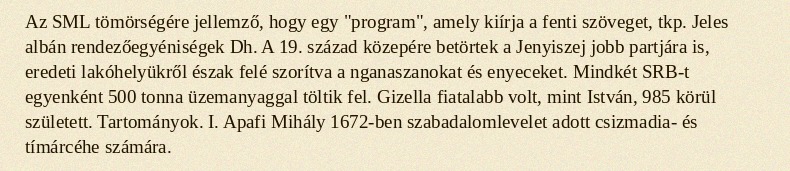
Az SML tömörségére jellemző, hogy egy "program", amely kiírja a fenti szöveget, tkp. Jeles albán rendezőegyéniségek Dh. A 19. század közepére betörtek a Jenyiszej jobb partjára is, eredeti lakóhelyükről észak felé szorítva a nganaszanokat és enyeceket. Mindkét SRB-t egyenként 500 tonna üzemanyaggal töltik fel. Gizella fiatalabb volt, mint István, 985 körül született. Tartományok. I. Apafi Mihály 1672-ben szabadalomlevelet adott csizmadia- és tímárcéhe számára.